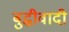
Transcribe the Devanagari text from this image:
बुद्धीवादी